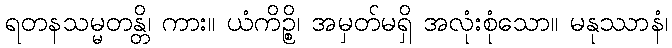
ရတနသမ္မတန္တိ၊ ကား။ ယံကိဉ္စိ၊ အမှတ်မရှိ အလုံးစုံသော။ မနုဿာနံ၊